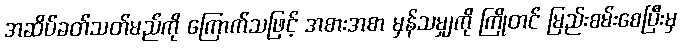
အဆိပ်ခတ်သတ်မည်ကို ကြောက်သဖြင့် အစားအစာ မှန်သမျှကို ကြိုတင် မြည်းစမ်းစေပြီးမှ